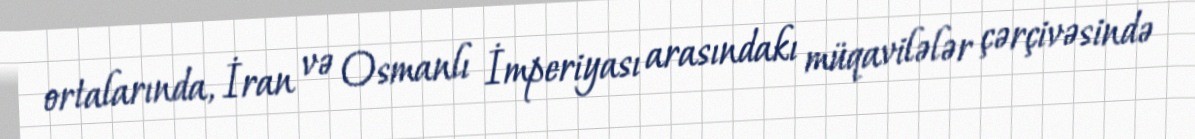
ortalarında, İran və Osmanlı İmperiyası arasındakı müqavilələr çərçivəsində